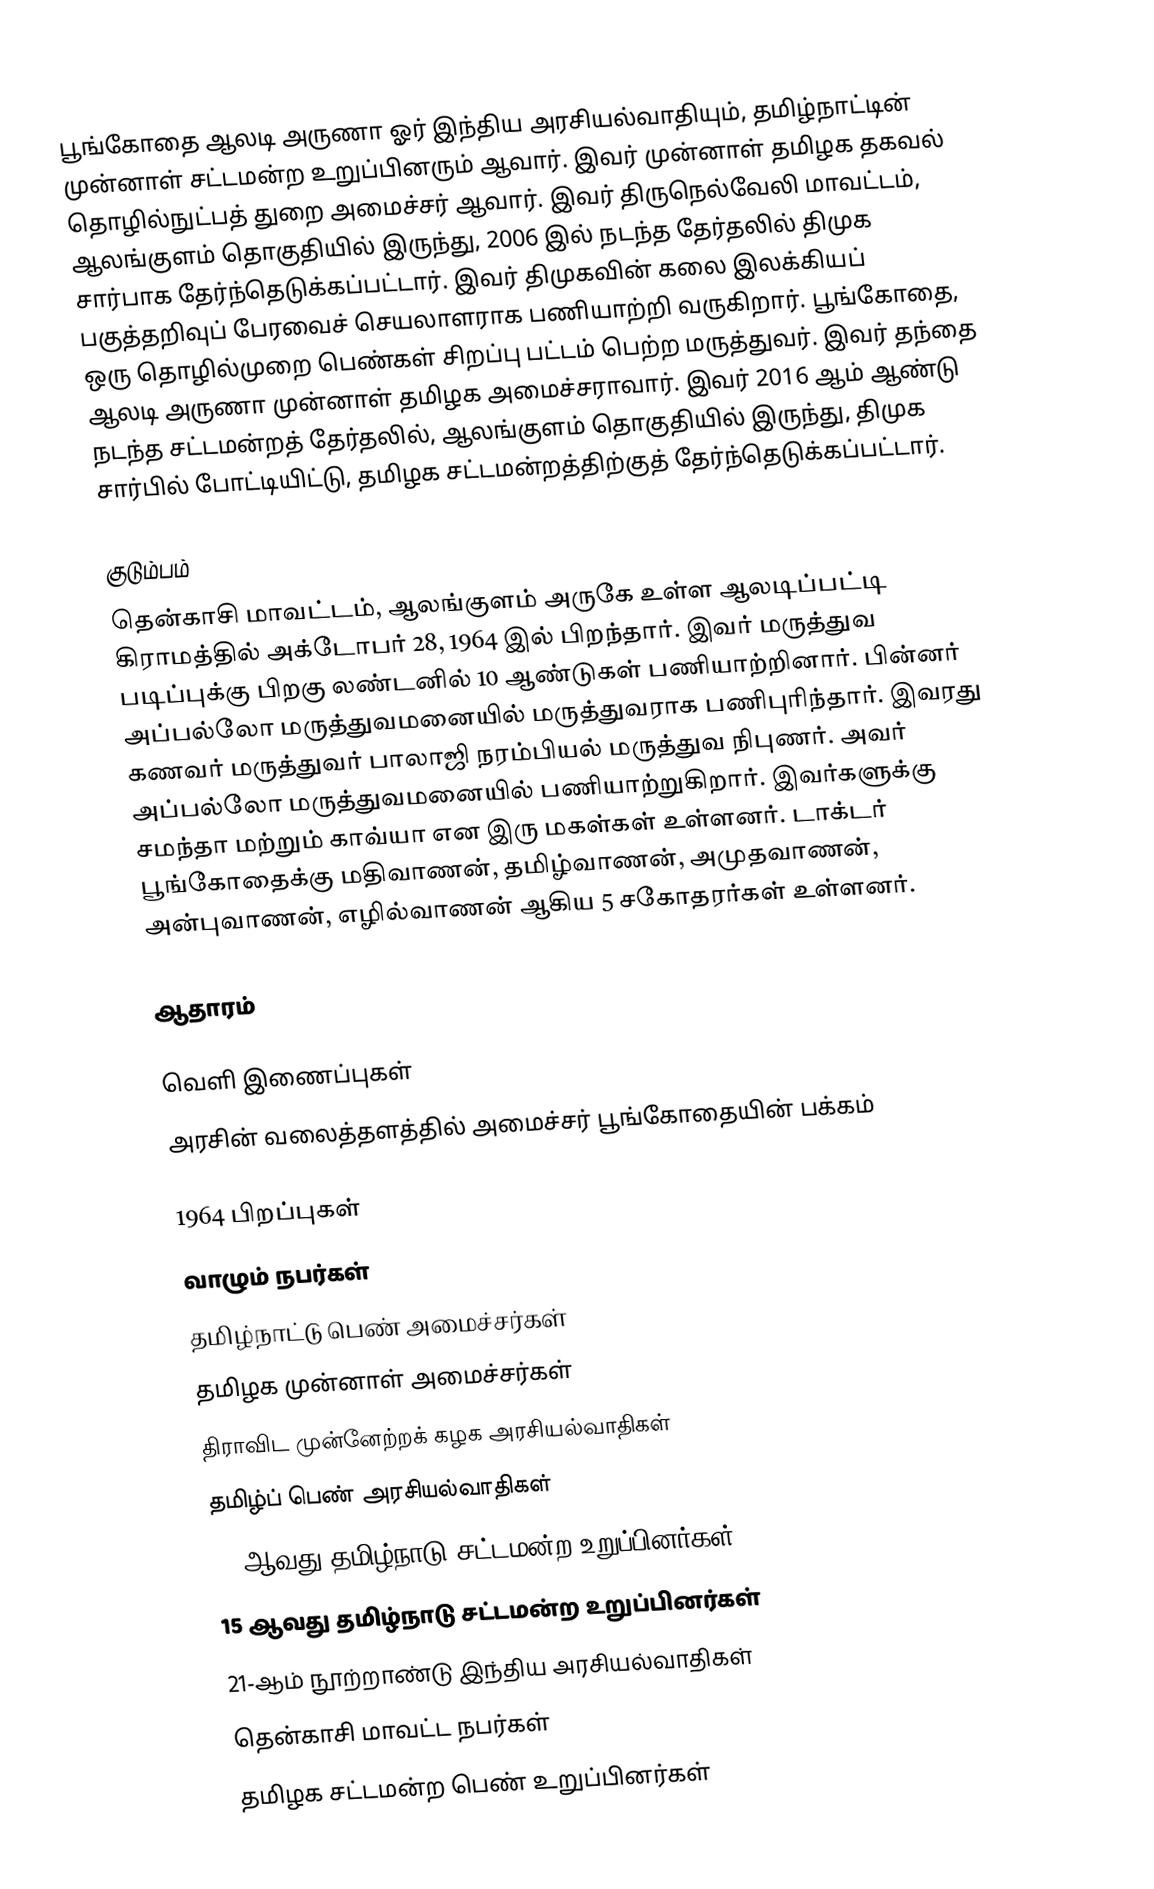
பூங்கோதை ஆலடி அருணா ஓர் இந்திய அரசியல்வாதியும், தமிழ்நாட்டின் முன்னாள் சட்டமன்ற உறுப்பினரும் ஆவார். இவர் முன்னாள் தமிழக தகவல் தொழில்நுட்பத் துறை அமைச்சர் ஆவார். இவர் திருநெல்வேலி மாவட்டம், ஆலங்குளம் தொகுதியில் இருந்து, 2006 இல் நடந்த தேர்தலில் திமுக சார்பாக தேர்ந்தெடுக்கப்பட்டார். இவர் திமுகவின் கலை இலக்கியப் பகுத்தறிவுப் பேரவைச் செயலாளராக பணியாற்றி வருகிறார். பூங்கோதை, ஒரு தொழில்முறை பெண்கள் சிறப்பு  பட்டம் பெற்ற மருத்துவர். இவர் தந்தை ஆலடி அருணா முன்னாள் தமிழக அமைச்சராவார். இவர் 2016 ஆம் ஆண்டு நடந்த சட்டமன்றத் தேர்தலில், ஆலங்குளம் தொகுதியில் இருந்து, திமுக சார்பில் போட்டியிட்டு, தமிழக சட்டமன்றத்திற்குத் தேர்ந்தெடுக்கப்பட்டார்.

குடும்பம்
தென்காசி மாவட்டம், ஆலங்குளம் அருகே உள்ள ஆலடிப்பட்டி கிராமத்தில் அக்டோபர் 28, 1964 இல் பிறந்தார். இவர் மருத்துவ படிப்புக்கு பிறகு லண்டனில் 10 ஆண்டுகள் பணியாற்றினார். பின்னர் அப்பல்லோ மருத்துவமனையில் மருத்துவராக பணிபுரிந்தார். இவரது கணவர் மருத்துவர் பாலாஜி நரம்பியல் மருத்துவ நிபுணர். அவர் அப்பல்லோ மருத்துவமனையில் பணியாற்றுகிறார். இவர்களுக்கு சமந்தா மற்றும் காவ்யா என இரு மகள்கள் உள்ளனர். டாக்டர் பூங்கோதைக்கு மதிவாணன், தமிழ்வாணன், அமுதவாணன், அன்புவாணன், எழில்வாணன் ஆகிய 5 சகோதரர்கள் உள்ளனர்.

ஆதாரம்

வெளி இணைப்புகள்
 அரசின் வலைத்தளத்தில் அமைச்சர் பூங்கோதையின் பக்கம்

1964 பிறப்புகள்
வாழும் நபர்கள்
தமிழ்நாட்டு பெண் அமைச்சர்கள்
தமிழக முன்னாள் அமைச்சர்கள்
திராவிட முன்னேற்றக் கழக அரசியல்வாதிகள்
தமிழ்ப் பெண் அரசியல்வாதிகள்
13 ஆவது தமிழ்நாடு சட்டமன்ற உறுப்பினர்கள்
15 ஆவது தமிழ்நாடு சட்டமன்ற உறுப்பினர்கள்
21-ஆம் நூற்றாண்டு இந்திய அரசியல்வாதிகள்
தென்காசி மாவட்ட நபர்கள்
தமிழக சட்டமன்ற பெண் உறுப்பினர்கள்